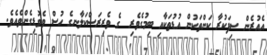
އެއުރެން ސިފަކުރާ ކަންތަކުން އުޑުތަކާއި ބިމުގެވެރި  ގެ ވެރިރަސްކަލާނގެ ހުސް ވެވޮޑިގެންވެއެވެ.